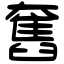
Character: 𡚒